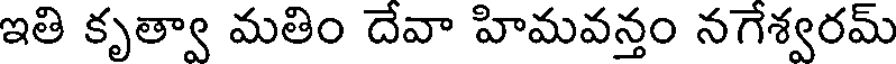
ఇతి కృత్వా మతిం దేవా హిమవన్తం నగేశ్వరమ్